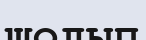
шолып